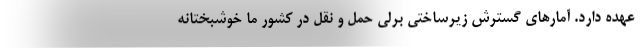
عهده دارد. آمارهای گسترش زیرساختی برلی حمل و نقل در کشور ما خوشبختانه